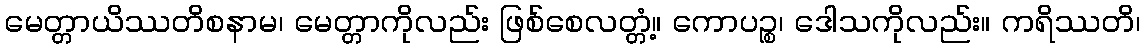
မေတ္တာယိဿတိစနာမ၊ မေတ္တာကိုလည်း ဖြစ်စေလတ္တံ့။ ကောပဉ္စ၊ ဒေါသကိုလည်း။ ကရိဿတိ၊